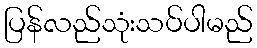
ပြန်လည်သုံးသပ်ပါမည်